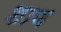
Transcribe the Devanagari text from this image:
शाण